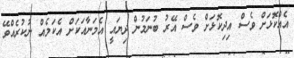
އެއްކޮޅަށް ވެސް އިދިކޮޅަށް ވެސް އޭރު ބުނަމުން ދިޔައީ އެމަނާއަކަށް އެކަމެއް ނުކުރެއްވޭ